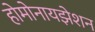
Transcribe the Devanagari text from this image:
होमोनायझेशन